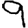
Digit: 9